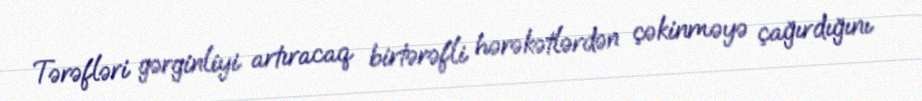
Tərəfləri gərginliyi artıracaq birtərəfli hərəkətlərdən çəkinməyə çağırdığını